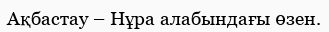
Ақбастау – Нұра алабындағы өзен.